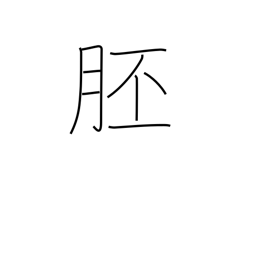
Meaning: embryo